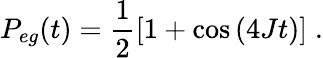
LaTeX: P_{eg}(t)=\frac{1}{2}\left[1+\cos\left(4Jt\right)\right]\; .